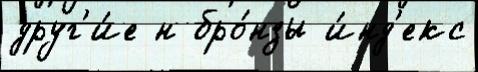
друг'и́е н бро́нзы и́нд'екс